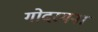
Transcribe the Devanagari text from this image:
गोदरमना